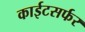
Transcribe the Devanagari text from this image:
काईटसर्फर